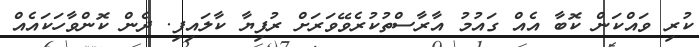
ކުރި ވައްކަން ކޮބާ އެއް ގައުމު އާރާސްތުކުރެވޭވަރަށް ރުފިޔާ ކާލައިފި. ދެން ކޮންވާހަކައެއް